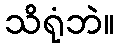
သိရုံဘဲ။